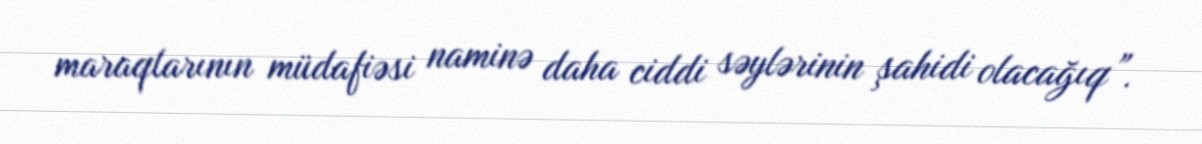
maraqlarının müdafiəsi naminə daha ciddi səylərinin şahidi olacağıq”.